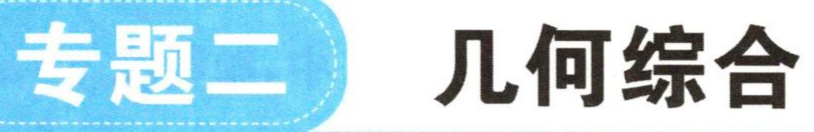
专题二 几何综合